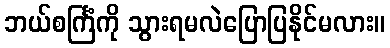
ဘယ်စင်္ကြံကို သွားရမလဲပြောပြနိုင်မလား။